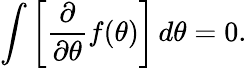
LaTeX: \int\left[{\frac{\partial}{\partial\theta}}f(\theta)\right]\, d\theta=0.